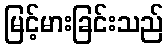
မြင့်မားခြင်းသည်